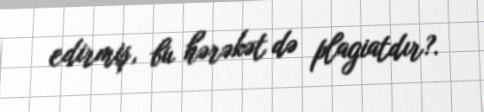
edirmiş, bu hərəkət də plagiatdır?.